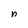
Character: n